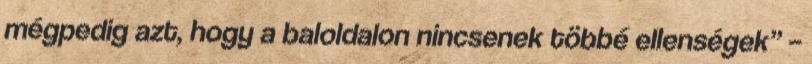
mégpedig azt, hogy a baloldalon nincsenek többé ellenségek” –